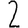
Digit: 2